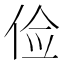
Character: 俭